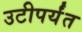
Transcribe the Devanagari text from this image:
उटीपर्यंत